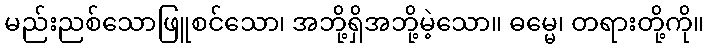
မည်းညစ်သောဖြူစင်သော၊ အဘို့ရှိအဘို့မဲ့သော။ ဓမ္မေ၊ တရားတို့ကို။